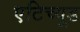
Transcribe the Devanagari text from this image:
एटिच्यूड